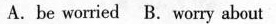
A.be worried B. Worry about